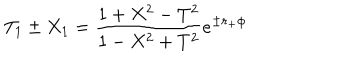
LaTeX: T _ { 1 } \pm X _ { 1 } = { \frac { 1 + X ^ { 2 } - T ^ { 2 } } { 1 - X ^ { 2 } + T ^ { 2 } } } e ^ { \pm r _ { + } \phi }